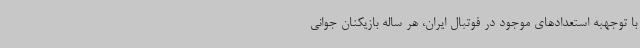
با توجهبه استعدادهای موجود در فوتبال ایران، هر ساله بازیکنان جوانی